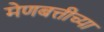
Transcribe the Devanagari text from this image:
मेणबत्तीच्या